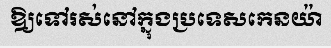
ឱ្យទៅរស់នៅក្នុងប្រទេសកេនយ៉ា